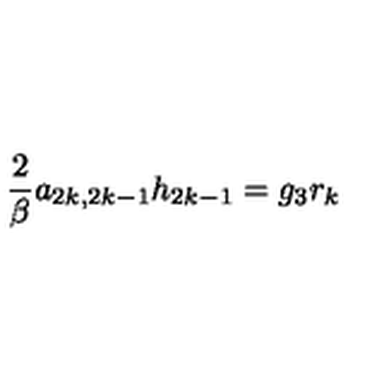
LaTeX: \frac { 2 } { \beta } a _ { 2 k , 2 k - 1 } h _ { 2 k - 1 } = g _ { 3 } r _ { k }